Heimtali_vallavalitsus, lk 2
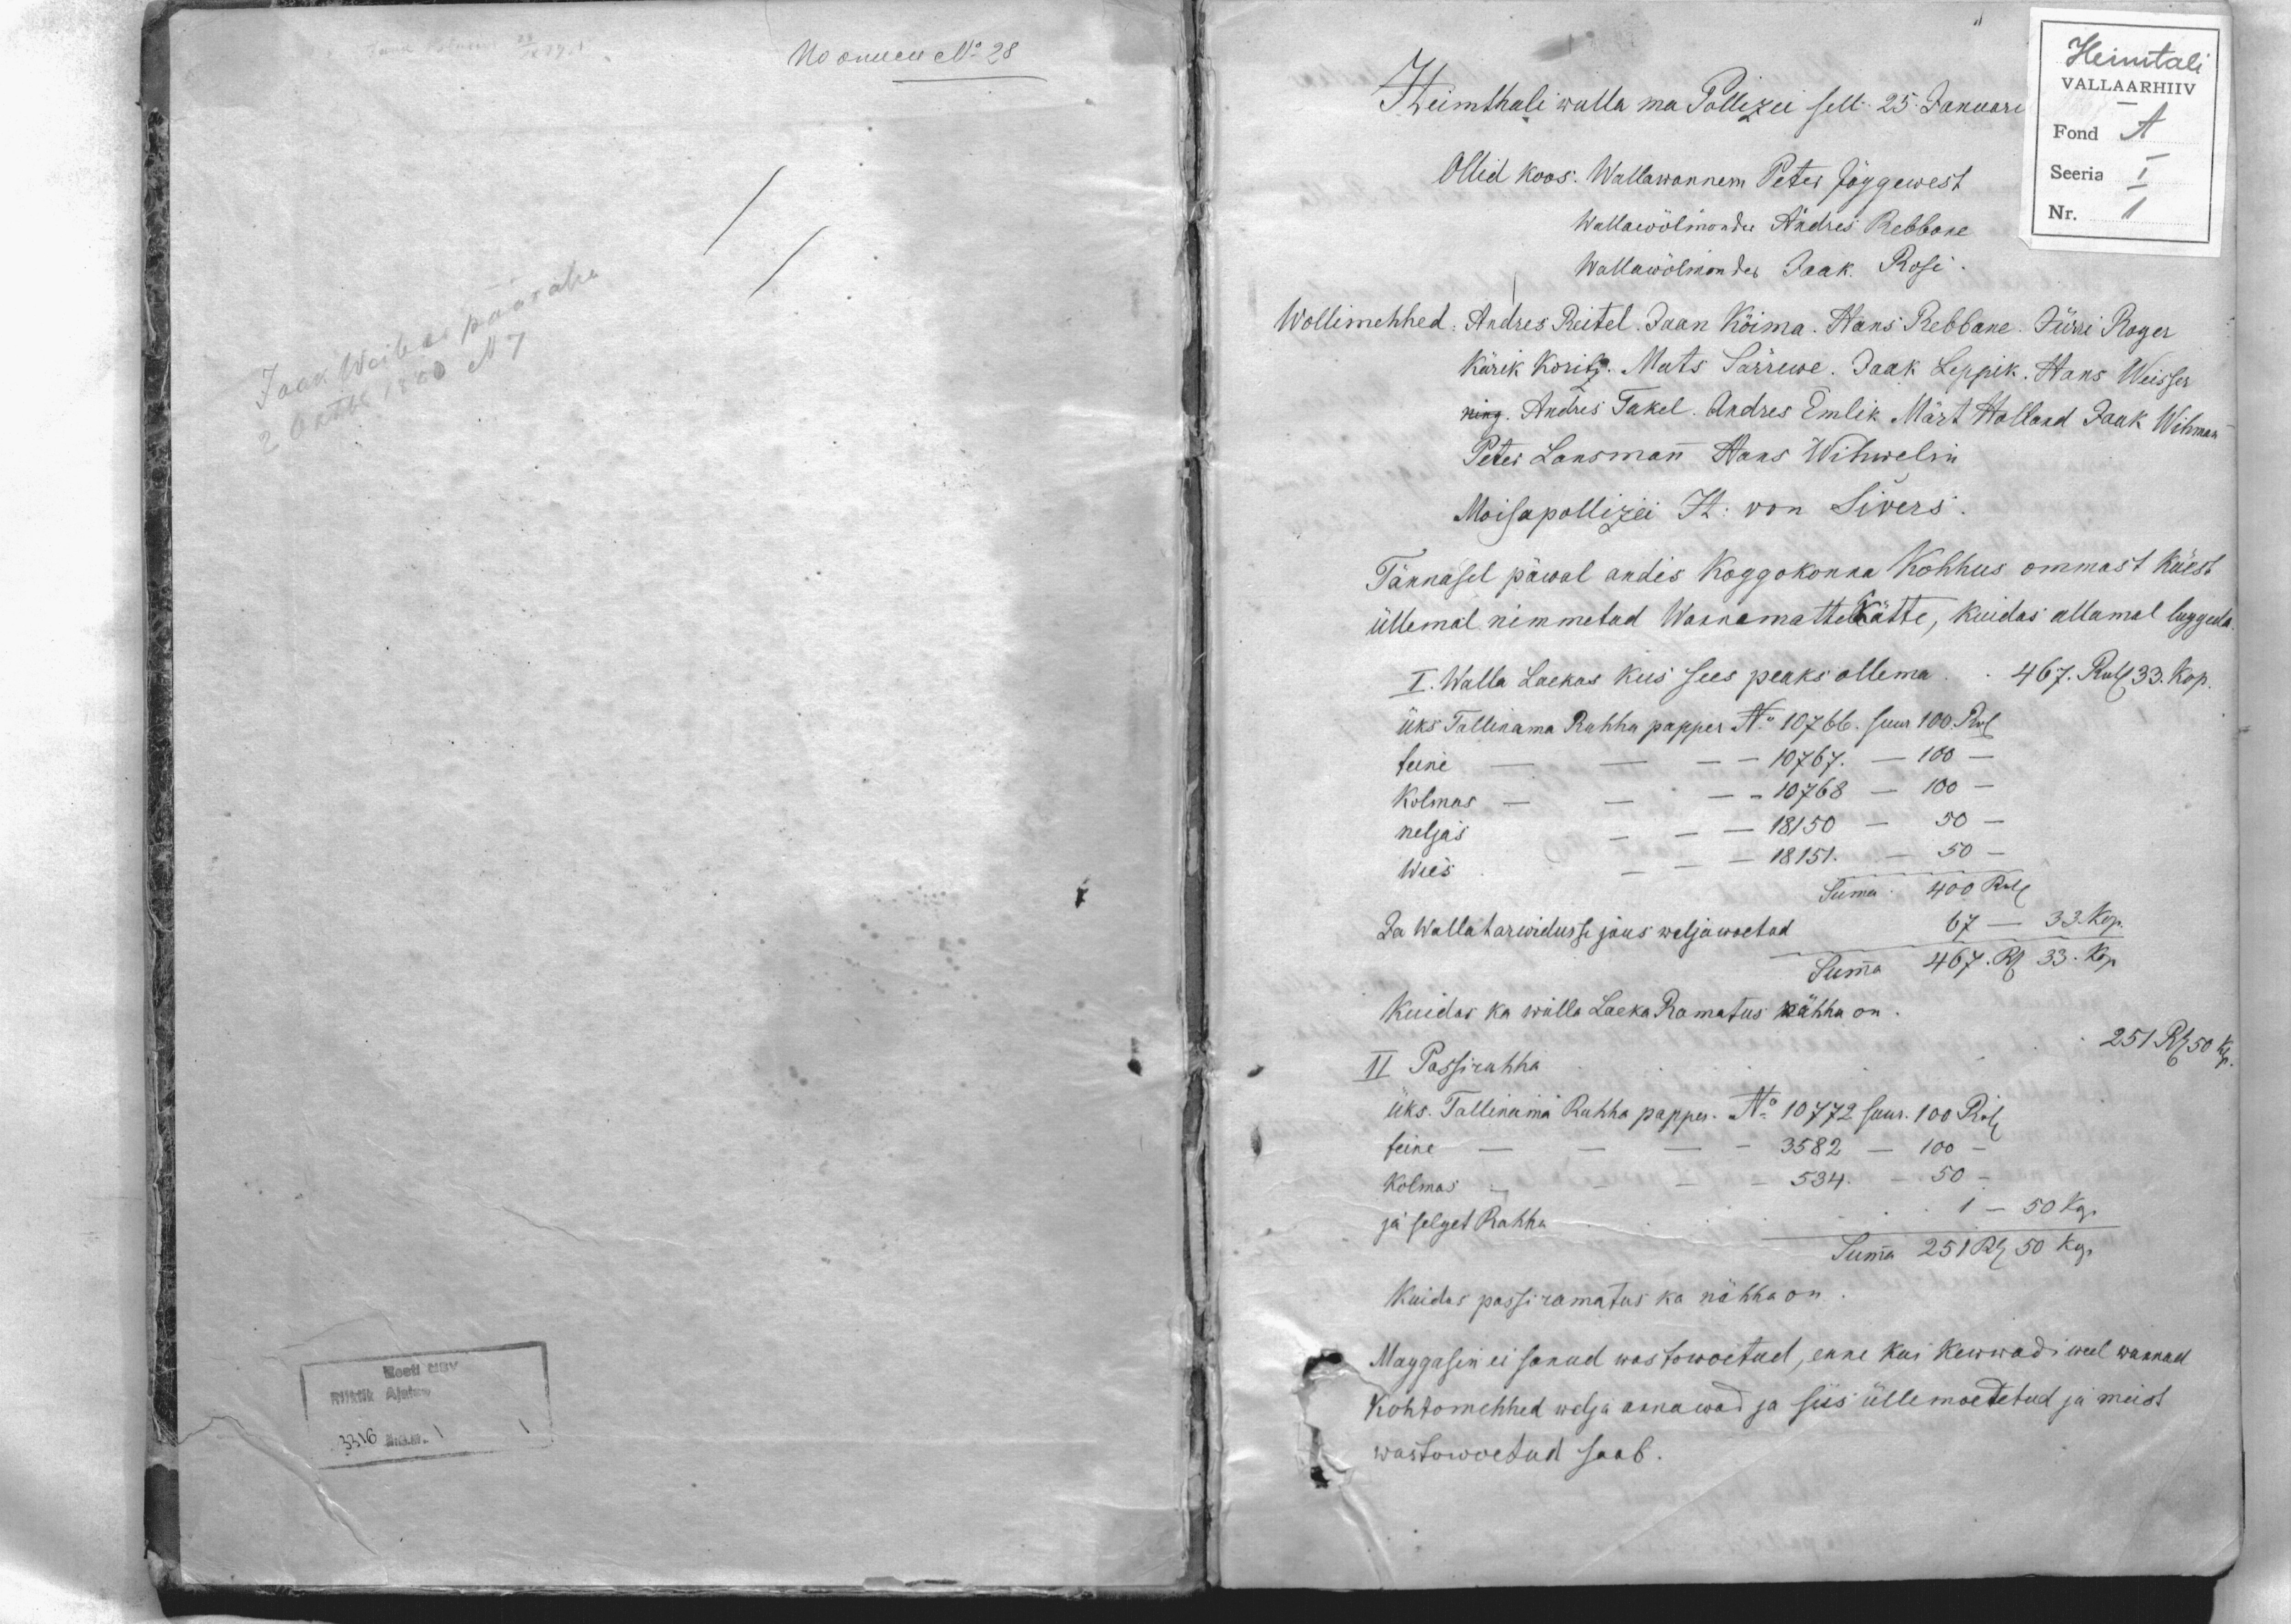
Heimthali walla ma Pollizei sell 25. Januari
Ollid koos: Wallawannem Peter Jõggewest
Wallawölmonder Andres Rebbane
Wallawölmonder Jaak Rosi.
Wollimehhed, Andres Reitel Jaan Köima. Hans Rebbane. Jürri Roges
Kärik Koritz. Mats Särrewe. Jaak Leppik. Hans Weisser
ning. Andres Takel. Andres Emlik Märt Holland Jaak Wihman
Peter Lansman Hans Wihwelin
Moisapollizei H. von Sivers.
Tännasel päwal andis Koggokonna Kohhus ommast käest
üllemal nimmetud Wannematte kätte, kuidas allamal luggeda
I. Walla Laekas kus sees peaks ollema. 467. Rub 33 kop.
üks Tallinama Rahha papper N: 10766. suur 100 Rub
teine - - - - 10767. - 100 -
Kolmas - - - - 10768 - 100 -
neljas - - - 18150 - 50 -
Wies - - - 18151. - 50 -
Summa 400 Rub
Ja Walla tarwidusse jaus weljawoetud 67 - 33 kop.
Summa 467. Rb 33. kop.
Kuidas ka walla Laeka Ramatus nähha on
II Passirahha 251 Rb 50 Kop.
üks. Tallinama Rahha papper. No 10772 suur. 100 Rub.
teine - - - - 3582 - 100 -
Kolmas - - - 534. - 50 -
ja selget Rahha 1 - 50 kop
Summa 251Rb 50 kop.
Kuidas passiramatus ka nähha on
Maggasin ei sanud wastowõetud, enne kui kewwadi weel wannad
Kohtomehhed welja annawad ja siis üllemoedetud ja meist
wastowoetud saab.